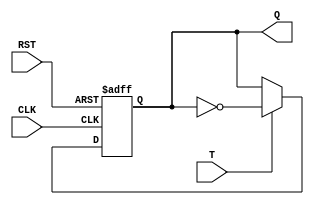
module tff (
    input wire T,
    input wire CLK,
    input wire RST,
    output reg Q
);

always @(posedge CLK or posedge RST) begin
    if (RST) begin
        Q <= 1'b0; // Initialize to low state
    end else if (T) begin
        Q <= ~Q; // Toggle output state on rising edge of clock if T is high
    end
end

endmodule